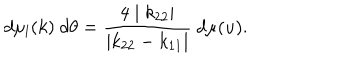
d \mu _ { l } ( k ) ~ d \theta = \frac { 4 \mid k _ { 2 2 } \mid } { \mid k _ { 2 2 } - k _ { 1 1 } \mid } ~ d \mu ( u ) .